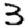
Digit: 3